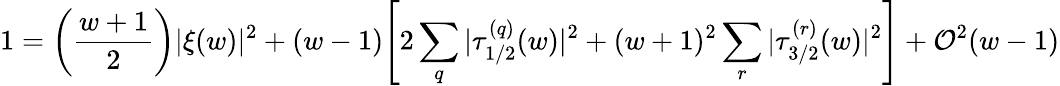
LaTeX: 1=\left({\frac{w+1}{2}}\right)|\xi(w)|^{2}+(w-1)\Biggl[2\sum_{q}|\tau_{1/2}^{(q)}(w)|^{2}+(w+1)^{2}\sum_{r}|\tau_{3/2}^{(r)}(w)|^{2}\Biggr]+{\cal O}^{2}(w-1)